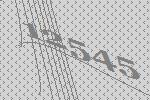
12545